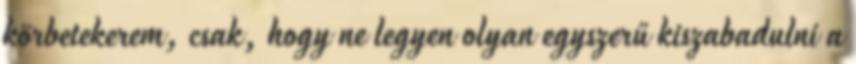
körbetekerem, csak, hogy ne legyen olyan egyszerű kiszabadulni a